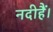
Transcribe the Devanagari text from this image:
नदीहैं।